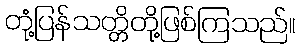
တုံ့ပြန်သတ္တိတို့ဖြစ်ကြသည်။